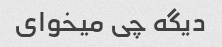
دیگه چی میخوای